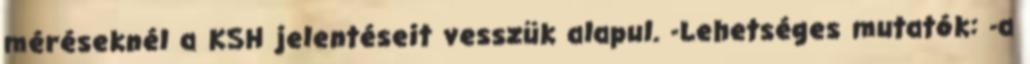
méréseknél a KSH jelentéseit vesszük alapul. -Lehetséges mutatók: -a